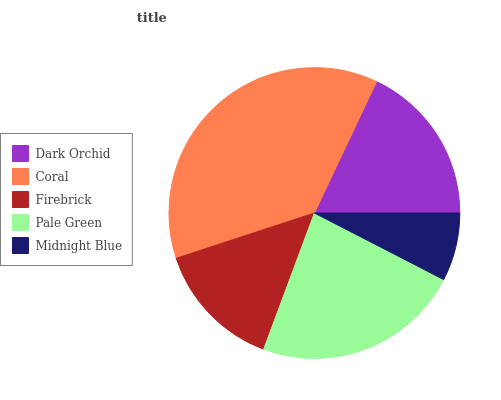
| Dark Orchid | Coral | Firebrick | Pale Green | Midnight Blue |
 | --- | --- | --- | --- | --- |
 | 18% | 37.1% | 14.3% | 23.1% | 7.57% |